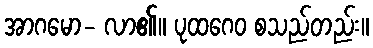
အာဂမော- လာ၏။ ပုထဂေဝ စသည်တည်း။